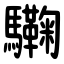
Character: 驧